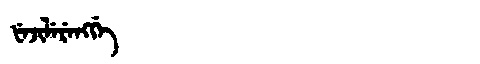
Manchu: ᡶᡝᠵᡳᠯᡝᡵᡝᠩᡤᡝ
Romanization: FEJILERENGGE